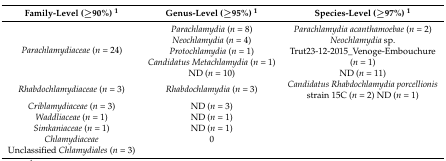
<table><thead><tr><td><b>Family-Level (≥90%) <sup>1</sup></b></td><td><b>Genus-Level (≥95%) <sup>1</sup></b></td><td><b>Species-Level (≥97%) <sup>1</sup></b></td></tr></thead><tbody><tr><td rowspan="5"><i>Parachlamydiaceae</i> (<i>n</i> = 24)</td><td><i>Parachlamydia</i> (<i>n</i> = 8)</td><td><i>Parachlamydia acanthamoebae</i> (<i>n</i> = 2)</td></tr><tr><td><i>Neochlamydia</i> (<i>n</i> = 4)</td><td><i>Neochlamydia</i> sp.</td></tr><tr><td><i>Protochlamydia</i> (<i>n</i> = 1)</td><td>Trut23-12-2015_Venoge-Embouchure</td></tr><tr><td><i>Candidatus Metachlamydia</i> (<i>n</i> = 1)</td><td>(<i>n</i> = 1)</td></tr><tr><td>ND (<i>n</i> = 10)</td><td>ND (<i>n</i> = 11)</td></tr><tr><td><i>Rhabdochlamydiaceae</i> (<i>n</i> = 3)</td><td><i>Rhabdochlamydia</i> (<i>n</i> = 3)</td><td><i>Candidatus Rhabdochlamydia porcellionis</i> strain 15C (<i>n</i> = 2) ND (<i>n</i> = 1)</td></tr><tr><td><i>Criblamydiaceae</i> (<i>n</i> = 3)</td><td>ND (<i>n</i> = 3)</td><td></td></tr><tr><td><i>Waddliaceae</i> (<i>n</i> = 1)</td><td>ND (<i>n</i> = 1)</td><td></td></tr><tr><td><i>Simkaniaceae</i> (<i>n</i> = 1)</td><td>ND (<i>n</i> = 1)</td><td></td></tr><tr><td><i>Chlamydiaceae</i></td><td>0</td><td></td></tr><tr><td>Unclassified <i>Chlamydiales</i> (<i>n</i> = 3)</td><td></td><td></td></tr></tbody></table>